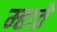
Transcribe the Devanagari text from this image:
म्हाते